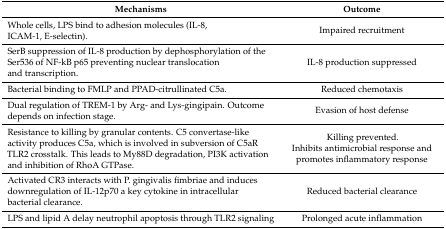
| Mechanisms | Outcome |
 | --- | --- |
 | Whole cells, LPS bind to adhesion molecules (IL-8, ICAM-1, E-selectin). | Impaired recruitment |
 | SerB suppression of IL-8 production by dephosphorylation of the Ser536 of NF-kB p65 preventing nuclear translocation and transcription. | IL-8 production suppressed |
 | Bacterial binding to FMLP and PPAD-citrullinated C5a. | Reduced chemotaxis |
 | Dual regulation of TREM-1 by Arg- and Lys-gingipain. Outcome depends on infection stage. | Evasion of host defense |
 | Resistance to killing by granular contents. C5 convertase-like activity produces C5a, which is involved in subversion of C5aR TLR2 crosstalk. This leads to My88D degradation, PI3K activation and inhibition of RhoA GTPase. | Killing prevented. Inhibits antimicrobial response and promotes inflammatory response |
 | Activated CR3 interacts with P. gingivalis fimbriae and induces downregulation of IL-12p70 a key cytokine in intracellular bacterial clearance. | Reduced bacterial clearance |
 | LPS and lipid A delay neutrophil apoptosis through TLR2 signaling | Prolonged acute inflammation |